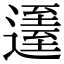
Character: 𨖹